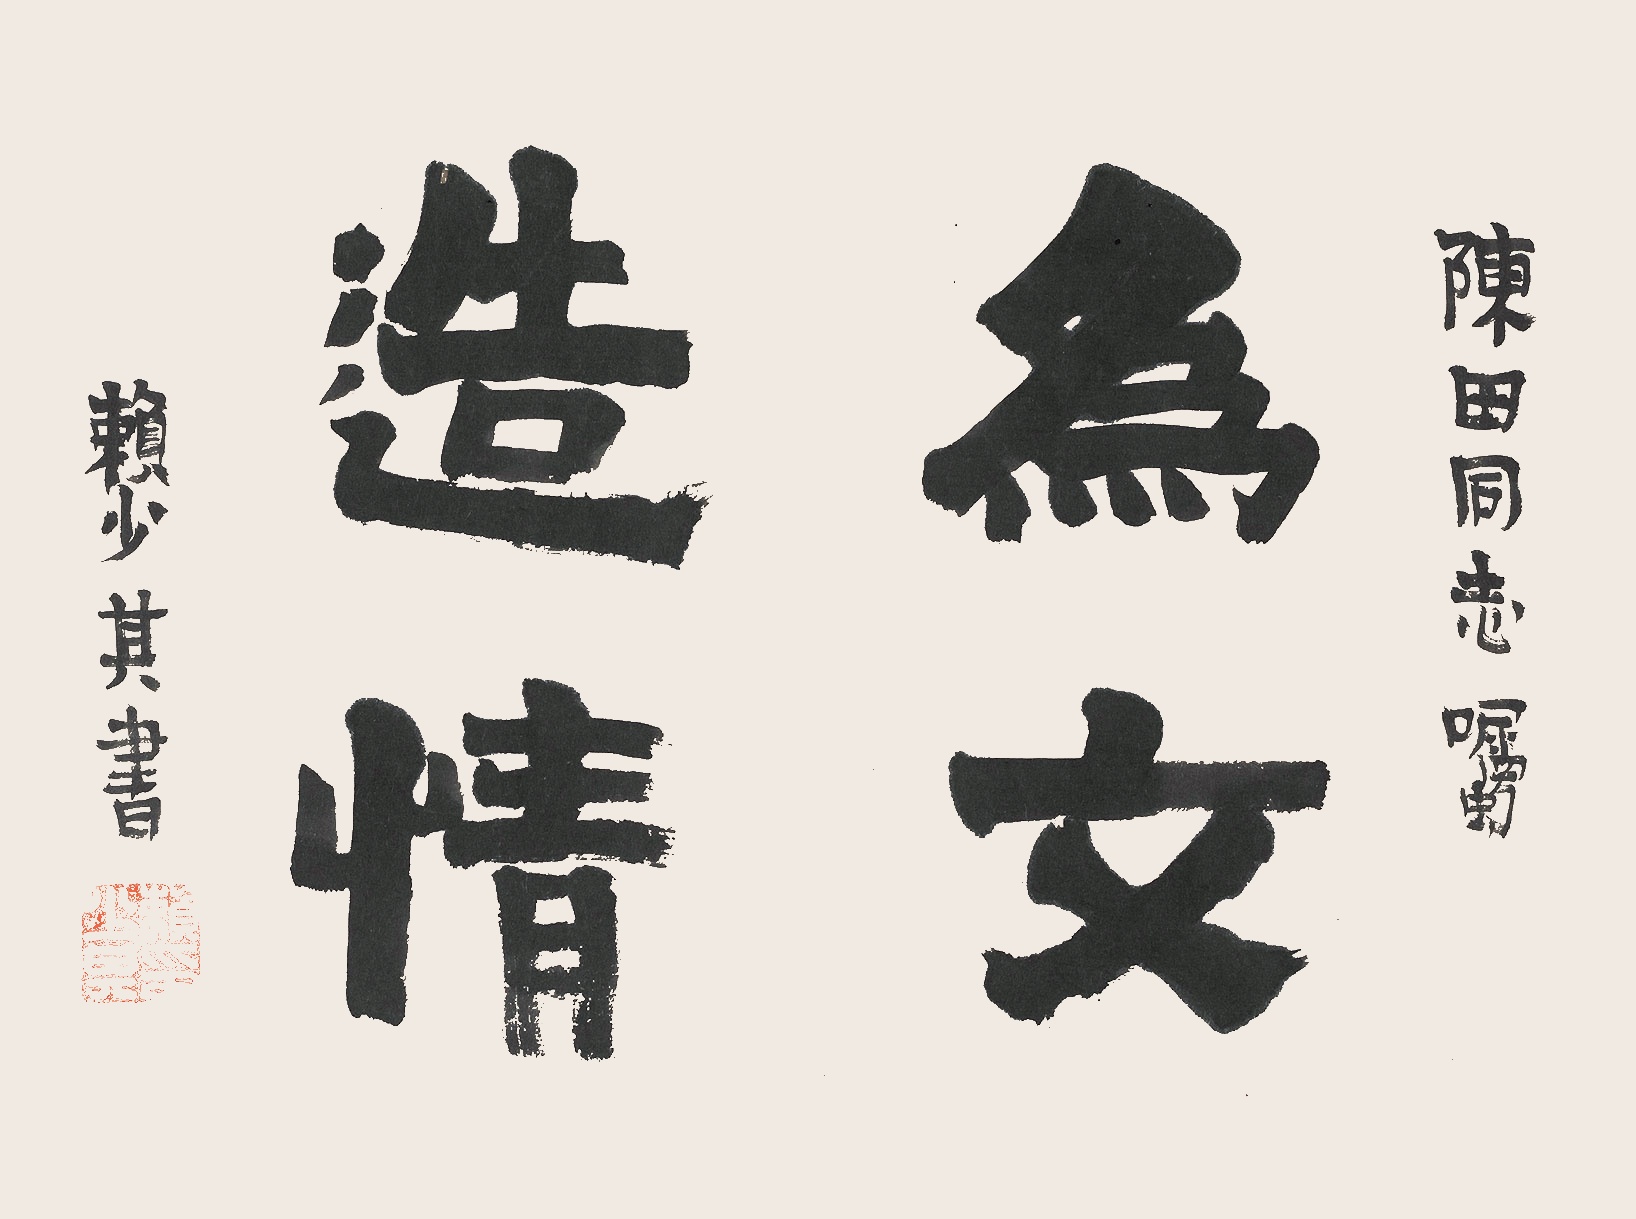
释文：为文造情陈田同志嘱。赖少其书。